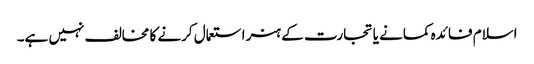
اسلام فائدہ کمانے یا تجارت کے ہنر استعمال کرنے کا مخالف نہیں ہے۔